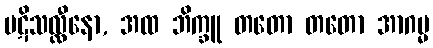
ပဋိသလ္လီနော, အထ ဘိက္ခူ တတော တတော အာဂမ္မ